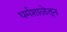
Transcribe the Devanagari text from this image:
धर्मशाळेतून